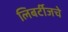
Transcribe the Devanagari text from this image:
लिबर्टीजचे